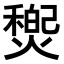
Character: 𤐏